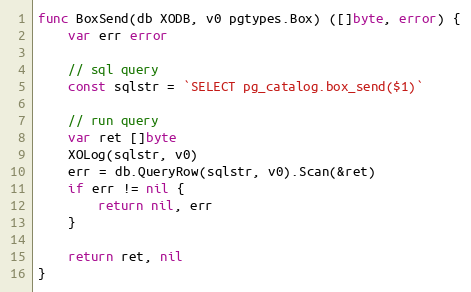
Language: Go
func BoxSend(db XODB, v0 pgtypes.Box) ([]byte, error) {
	var err error

	// sql query
	const sqlstr = `SELECT pg_catalog.box_send($1)`

	// run query
	var ret []byte
	XOLog(sqlstr, v0)
	err = db.QueryRow(sqlstr, v0).Scan(&ret)
	if err != nil {
		return nil, err
	}

	return ret, nil
}